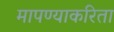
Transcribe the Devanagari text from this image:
मापण्याकरिता